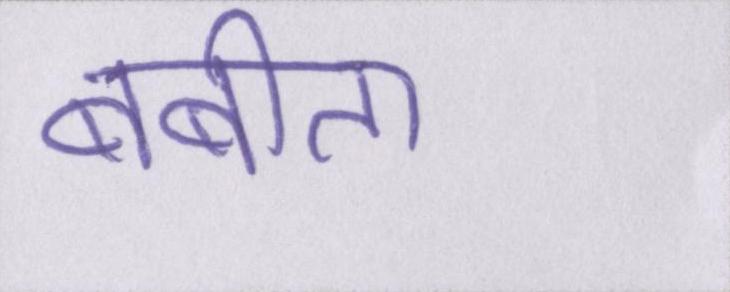
बबीता